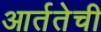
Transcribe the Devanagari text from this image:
आर्ततेची